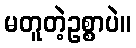
မတူတဲ့ဥစ္စာပဲ။